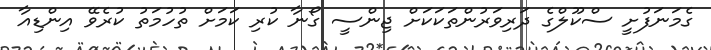
ގެމަނަފުށީ ސްކޫލްގެ ދަރިވަރުންތަކަކަށް ޖިންސީ ގޯނާ ކުރި ކަމަށް ތުހުމަތު ކުރެވޭ އިންޑިއާ